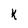
Character: k